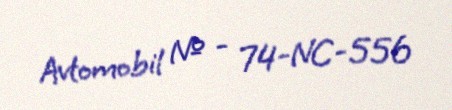
Avtomobil № - 74-NC-556